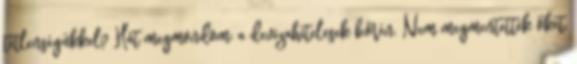
tétlenségükkel? Hát megmondom: a devizahitelesek bőrén. Nem megmentették őket,